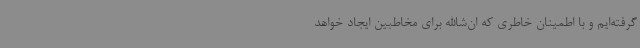
گرفته‌ایم و با اطمینان خاطری که ان‌شاالله برای مخاطبین ایجاد خواهد